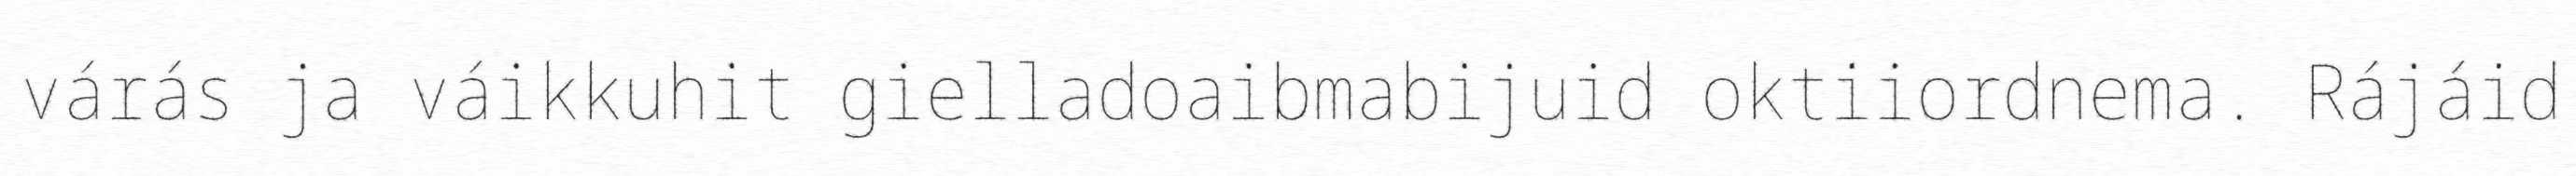
várás ja váikkuhit gielladoaibmabijuid oktiiordnema. Rájáid